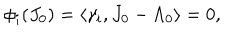
\phi _ { i } ( J _ { 0 } ) = \langle \gamma _ { i } , J _ { 0 } - \Lambda _ { 0 } \rangle = 0 ,